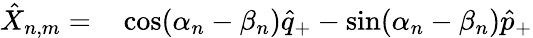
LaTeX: \begin{array}{rl}{\hat{X}_{n,m}=}&{{}\cos(\alpha_{n}-\beta_{n})\hat{q}_{+}-\sin(\alpha_{n}-\beta_{n})\hat{p}_{+}}\end{array}